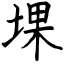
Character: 堁